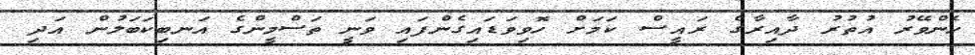
ހެންވޭރު އުތުރު ދާއިރާގެ ރައީސް ކަމަށް ހޮވިވަޑައިގެންފައި ވަނީ ތަސްމީންގެ އަނބިކަބަލުން އަދި